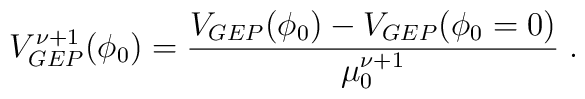
V^{\nu + 1}_{GEP}(\phi_0)= {{V_{GEP}(\phi_0) - V_{GEP}(\phi_0=0)}\over{\mu_0^{\nu + 1}}} \; .